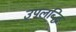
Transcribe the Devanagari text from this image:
उपलब्द्धि